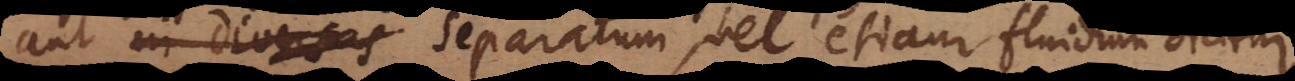
aut in diversas separatum, vel etiam fluidum dicitur.